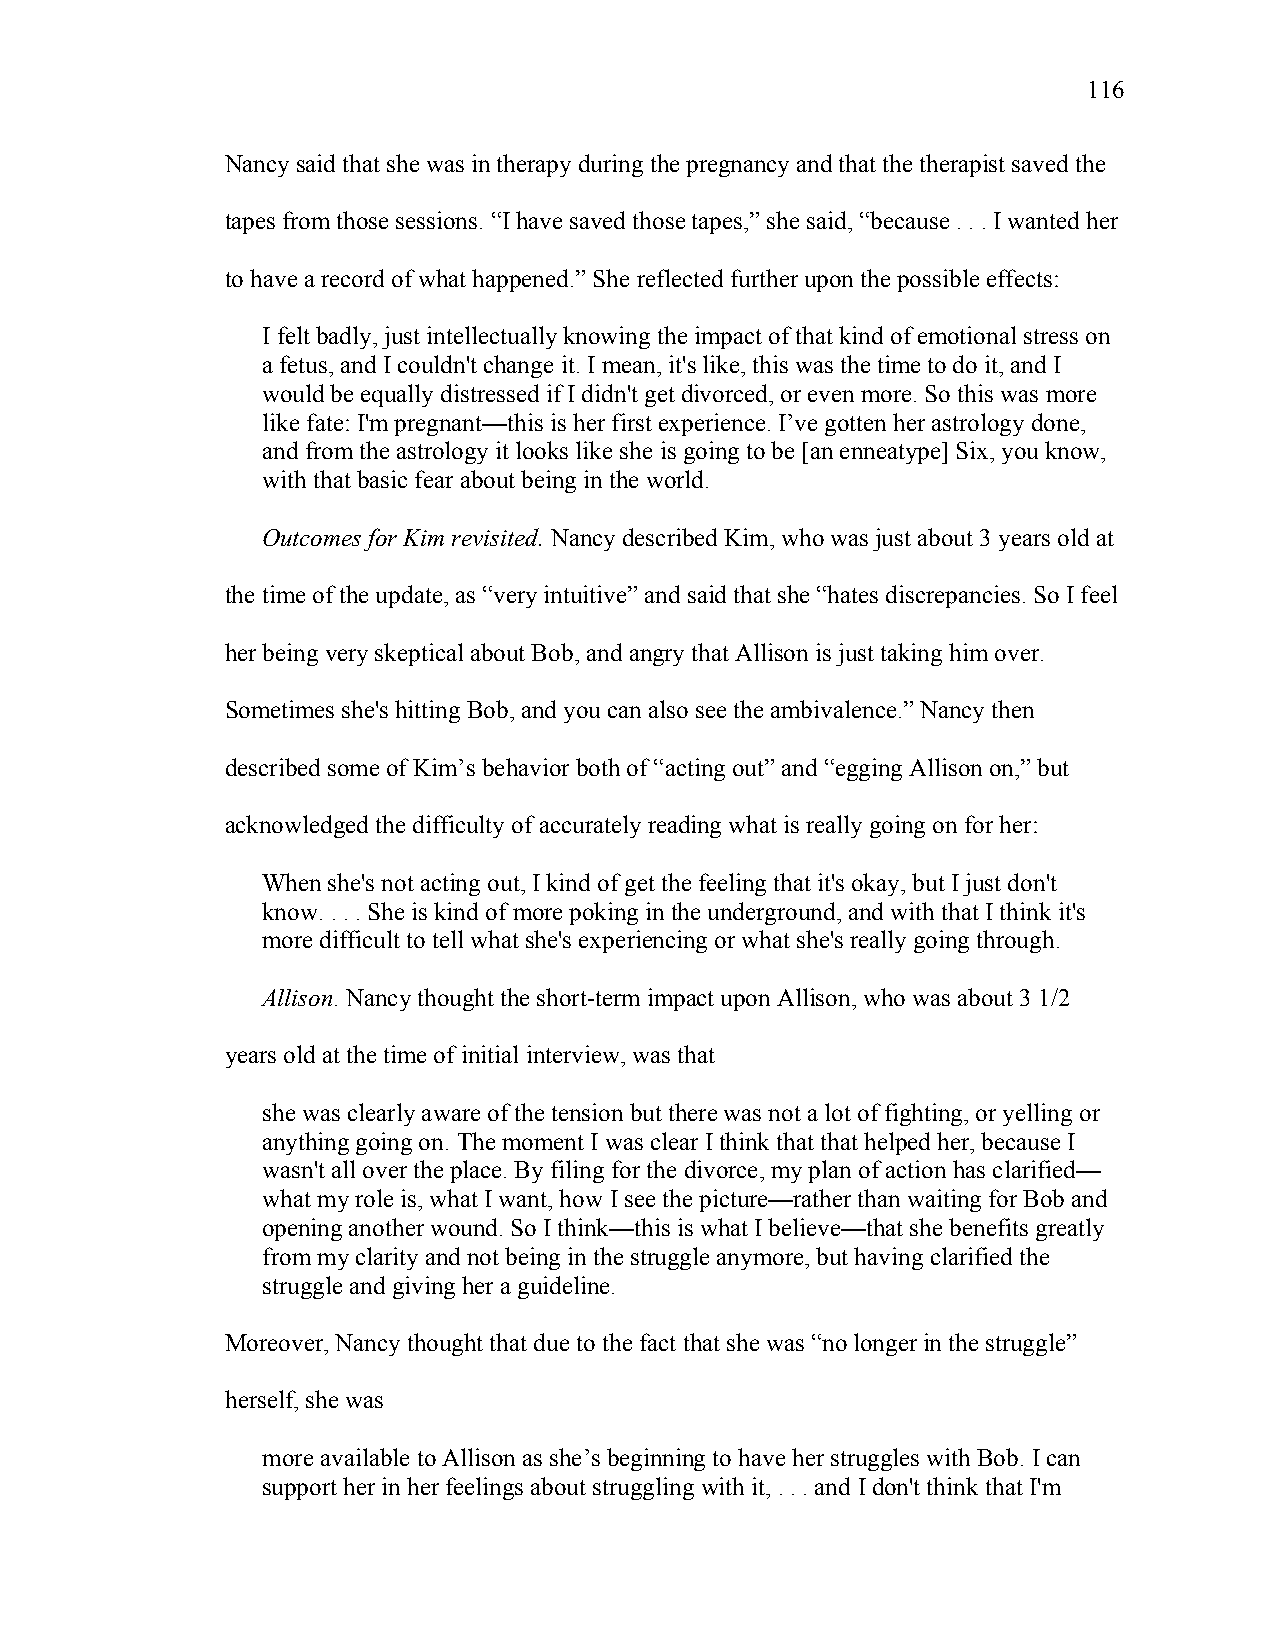
116
 Nancy said that she was in therapy during the pregnancy and that the therapist saved the
 tapes from those sessions. “I have saved those tapes,” she said, “because . . . I wanted her
 to have a record of what happened.” She reflected further upon the possible effects:
 I felt badly, just intellectually knowing the impact of that kind of emotional stress on
 a fetus, and I couldn't change it. I mean, it's like, this was the time to do it, and I
 would be equally distressed if I didn't get divorced, or even more. So this was more
 like fate: I'm pregnant—this is her first experience. I’ve gotten her astrology done,
 and from the astrology it looks like she is going to be [an enneatype] Six, you know,
 with that basic fear about being in the world.
 Outcomes for Kim revisited. Nancy described Kim, who was just about 3 years old at
 the time of the update, as “very intuitive” and said that she “hates discrepancies. So I feel
 her being very skeptical about Bob, and angry that Allison is just taking him over.
 Sometimes she's hitting Bob, and you can also see the ambivalence.” Nancy then
 described some of Kim’s behavior both of “acting out” and “egging Allison on,” but
 acknowledged the difficulty of accurately reading what is really going on for her:
 When she's not acting out, I kind of get the feeling that it's okay, but I just don't
 know. . . . She is kind of more poking in the underground, and with that I think it's
 more difficult to tell what she's experiencing or what she's really going through.
 Allison. Nancy thought the short-term impact upon Allison, who was about 3 1/2
 years old at the time of initial interview, was that
 she was clearly aware of the tension but there was not a lot of fighting, or yelling or
 anything going on. The moment I was clear I think that that helped her, because I
 wasn't all over the place. By filing for the divorce, my plan of action has clarified—
 what my role is, what I want, how I see the picture—rather than waiting for Bob and
 opening another wound. So I think—this is what I believe—that she benefits greatly
 from my clarity and not being in the struggle anymore, but having clarified the
 struggle and giving her a guideline.
 Moreover, Nancy thought that due to the fact that she was “no longer in the struggle”
 herself, she was
 more available to Allison as she’s beginning to have her struggles with Bob. I can
 support her in her feelings about struggling with it, . . . and I don't think that I'm